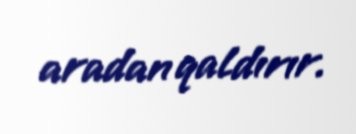
aradan qaldırır.